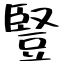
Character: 豎